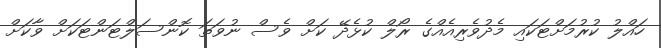
ހައްލު ކުރުމަށްޓަކައި މެދުވެރިއެއްގެ ރޯލް ކުޅެދޭ ކަށް ވެސް ނުވަތަ ކޮންސަލްޓަންޓަކަށް ވާކަށް